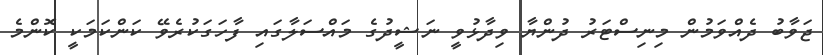
ޖަވާބު ދެއްވަމުން މިނިސްޓަރު ދުންޔާ ވިދާޅުވީ ނަޝީދުގެ މައްސަލާގައި ފާހަގަކުރެވޭ ކަންކަމަކީ ކޮންމެ